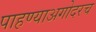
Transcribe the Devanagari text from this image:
पाहण्याअगोदरच